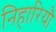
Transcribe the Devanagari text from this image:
निहारियौ